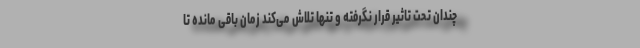
چندان تحت تاثیر قرار نگرفته و تنها تلاش می‌کند زمان باقی مانده تا